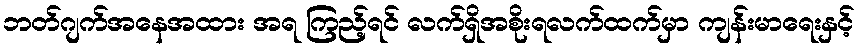
ဘတ်ဂျက်အနေအထား အရ ကြည့်ရင် လက်ရှိအစိုးရလက်ထက်မှာ ကျန်းမာရေးနှင့်